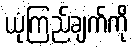
ယုံကြည်ချက်ကို